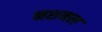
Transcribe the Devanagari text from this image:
नशनल